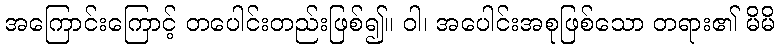
အကြောင်းကြောင့် တပေါင်းတည်းဖြစ်၍။ ဝါ၊ အပေါင်းအစုဖြစ်သော တရား၏ မိမိ